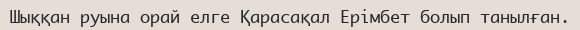
Шыққан руына орай елге Қарасақал Ерімбет болып танылған.